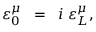
\varepsilon _ { 0 } ^ { \mu } \; \; = \; \; i \; \varepsilon _ { L } ^ { \mu } ,